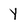
Character: Y